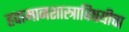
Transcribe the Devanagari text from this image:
हवामानशास्त्राविषयीचा